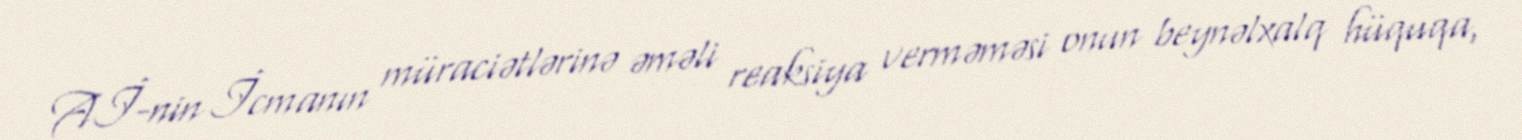
Aİ-nin İcmanın müraciətlərinə əməli reaksiya verməməsi onun beynəlxalq hüquqa,